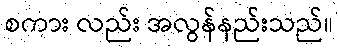
စကား လည်း အလွန်နည်းသည်။